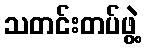
သတင်းတပ်ဖွဲ့